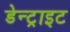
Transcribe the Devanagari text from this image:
डेन्ट्राइट